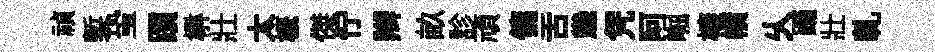
禎槧蛩躓楙壯太概傑佇辫畝診頑傭舌㡬凭阿崛榱幘乆踊壯軋